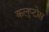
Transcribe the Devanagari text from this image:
कलुप्टोस